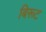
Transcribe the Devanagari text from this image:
बिरूट